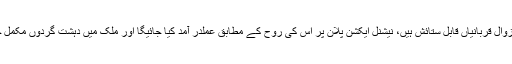
اس موقع پر وزیراعظم نواز شریف نے کہاکہ دہشت گردوں کے خلاف قانون نافذ کرنے والے اداروں کی لازوال قربانیاں قابل ستائش ہیں، نیشنل ایکشن پلان پر اس کی روح کے مطابق عملدر آمد کیا جائیگا اور ملک میں دہشت گردوں مکمل خاتمے تک آپریشن جاری رہے گا اور بچوں کو اسکول جانے سے خوفزدہ کرنے والوں کو شکست دیں گے۔